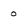
Character: 0